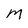
Character: M